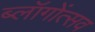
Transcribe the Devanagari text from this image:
ब्लॉगोंत्सव